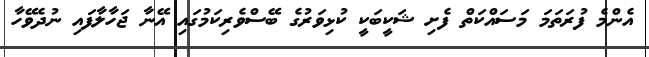
އެންމެ ފުރަތަމަ މަސައްކަތް ފެށި ޝަކީބަކީ ކުޅިވަރުގެ ބޭސްވެރިކަމުގައި އޭނާ ޖަހާލާފައި ނުދެވޭހާ